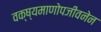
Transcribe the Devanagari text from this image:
वक्ष्यमाणोपजीवनेन